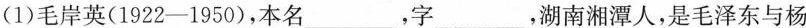
(1)毛岸英(1922-1950)，本名_，字__，湖南湘潭人，是毛泽东与杨